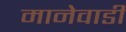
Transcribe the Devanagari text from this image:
मानेवाडी